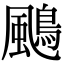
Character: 𩘲